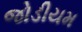
જોડીયમ